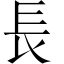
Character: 長